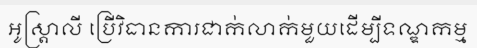
អូស្ត្រាលី ប្រើវិធានការជាក់លាក់មួយដើម្បីទណ្ឌកម្ម